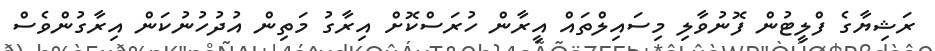
ރަޝިޔާގެ ފްލީޓުން ފޮނުވާލި މިސައިލްތައް އީރާން ހުރަސްކޮށް އިރާގު މަތިން އުދުހުނުކަން އިރާގުންވެސް